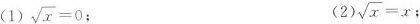
(1) $$\sqrt{x}=0$$； (2) $$\sqrt{x}=x$$ ；